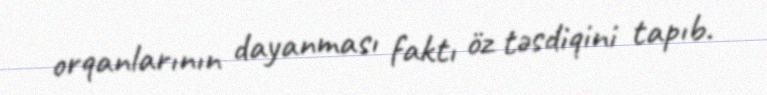
orqanlarının dayanması faktı öz təsdiqini tapıb.